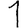
Digit: 1